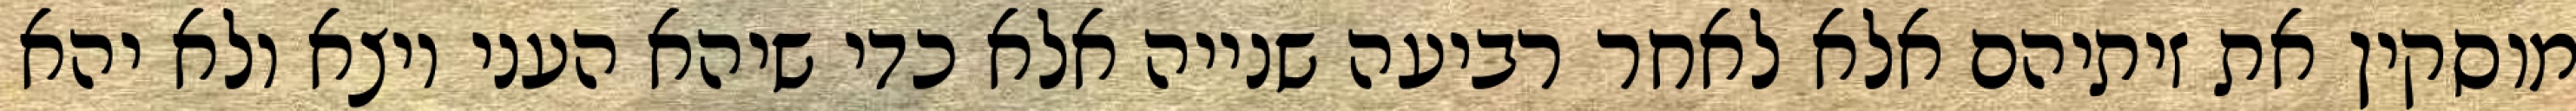
מוסקין את זיתיהם אלא לאחר רביעה שנייה אלא כדי שיהא העני יוצא ולא יהא